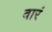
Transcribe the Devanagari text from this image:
वारं